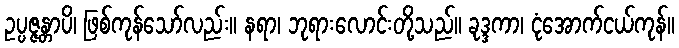
ဥပ္ပဇ္ဇန္တာပိ၊ ဖြစ်ကုန်သော်လည်း။ နရာ၊ ဘုရားလောင်းတို့သည်။ ခုဒ္ဒကာ၊ ငုံအောက်ငယ်ကုန်။